Problem: 4 × 6 = ?
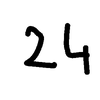
Handwritten answer: 24